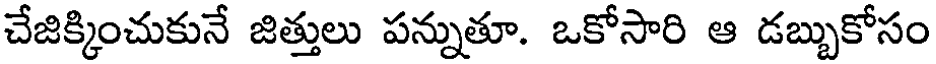
చేజిక్కించుకునే జిత్తులు పన్నుతూ. ఒకోసారి ఆ డబ్బుకోసం